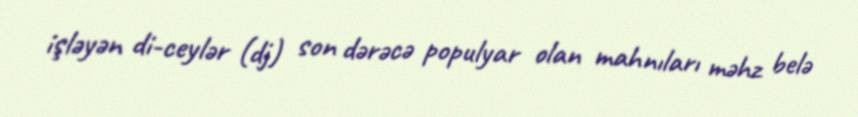
işləyən di-ceylər (dj) son dərəcə populyar olan mahnıları məhz belə